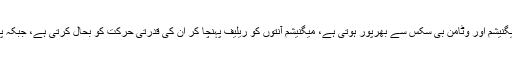
شکرقندییہ سبزی بھی قبض کی شکایت کو ختم کرنے کے لیے بہترین ہے جو کہ پانی، فائبر، میگنیشم اور وٹامن بی سکس سے بھرپور ہوتی ہے، میگنیشم آنتوں کو ریلیف پہنچا کر ان کی قدرتی حرکت کو بحال کرتی ہے، جبکہ پانی اور فائبر جسمانی نمی کو برقرار رکھتے ہیں جبکہ فضلے کو جسم سے باہر نکال دیتے ہیں۔